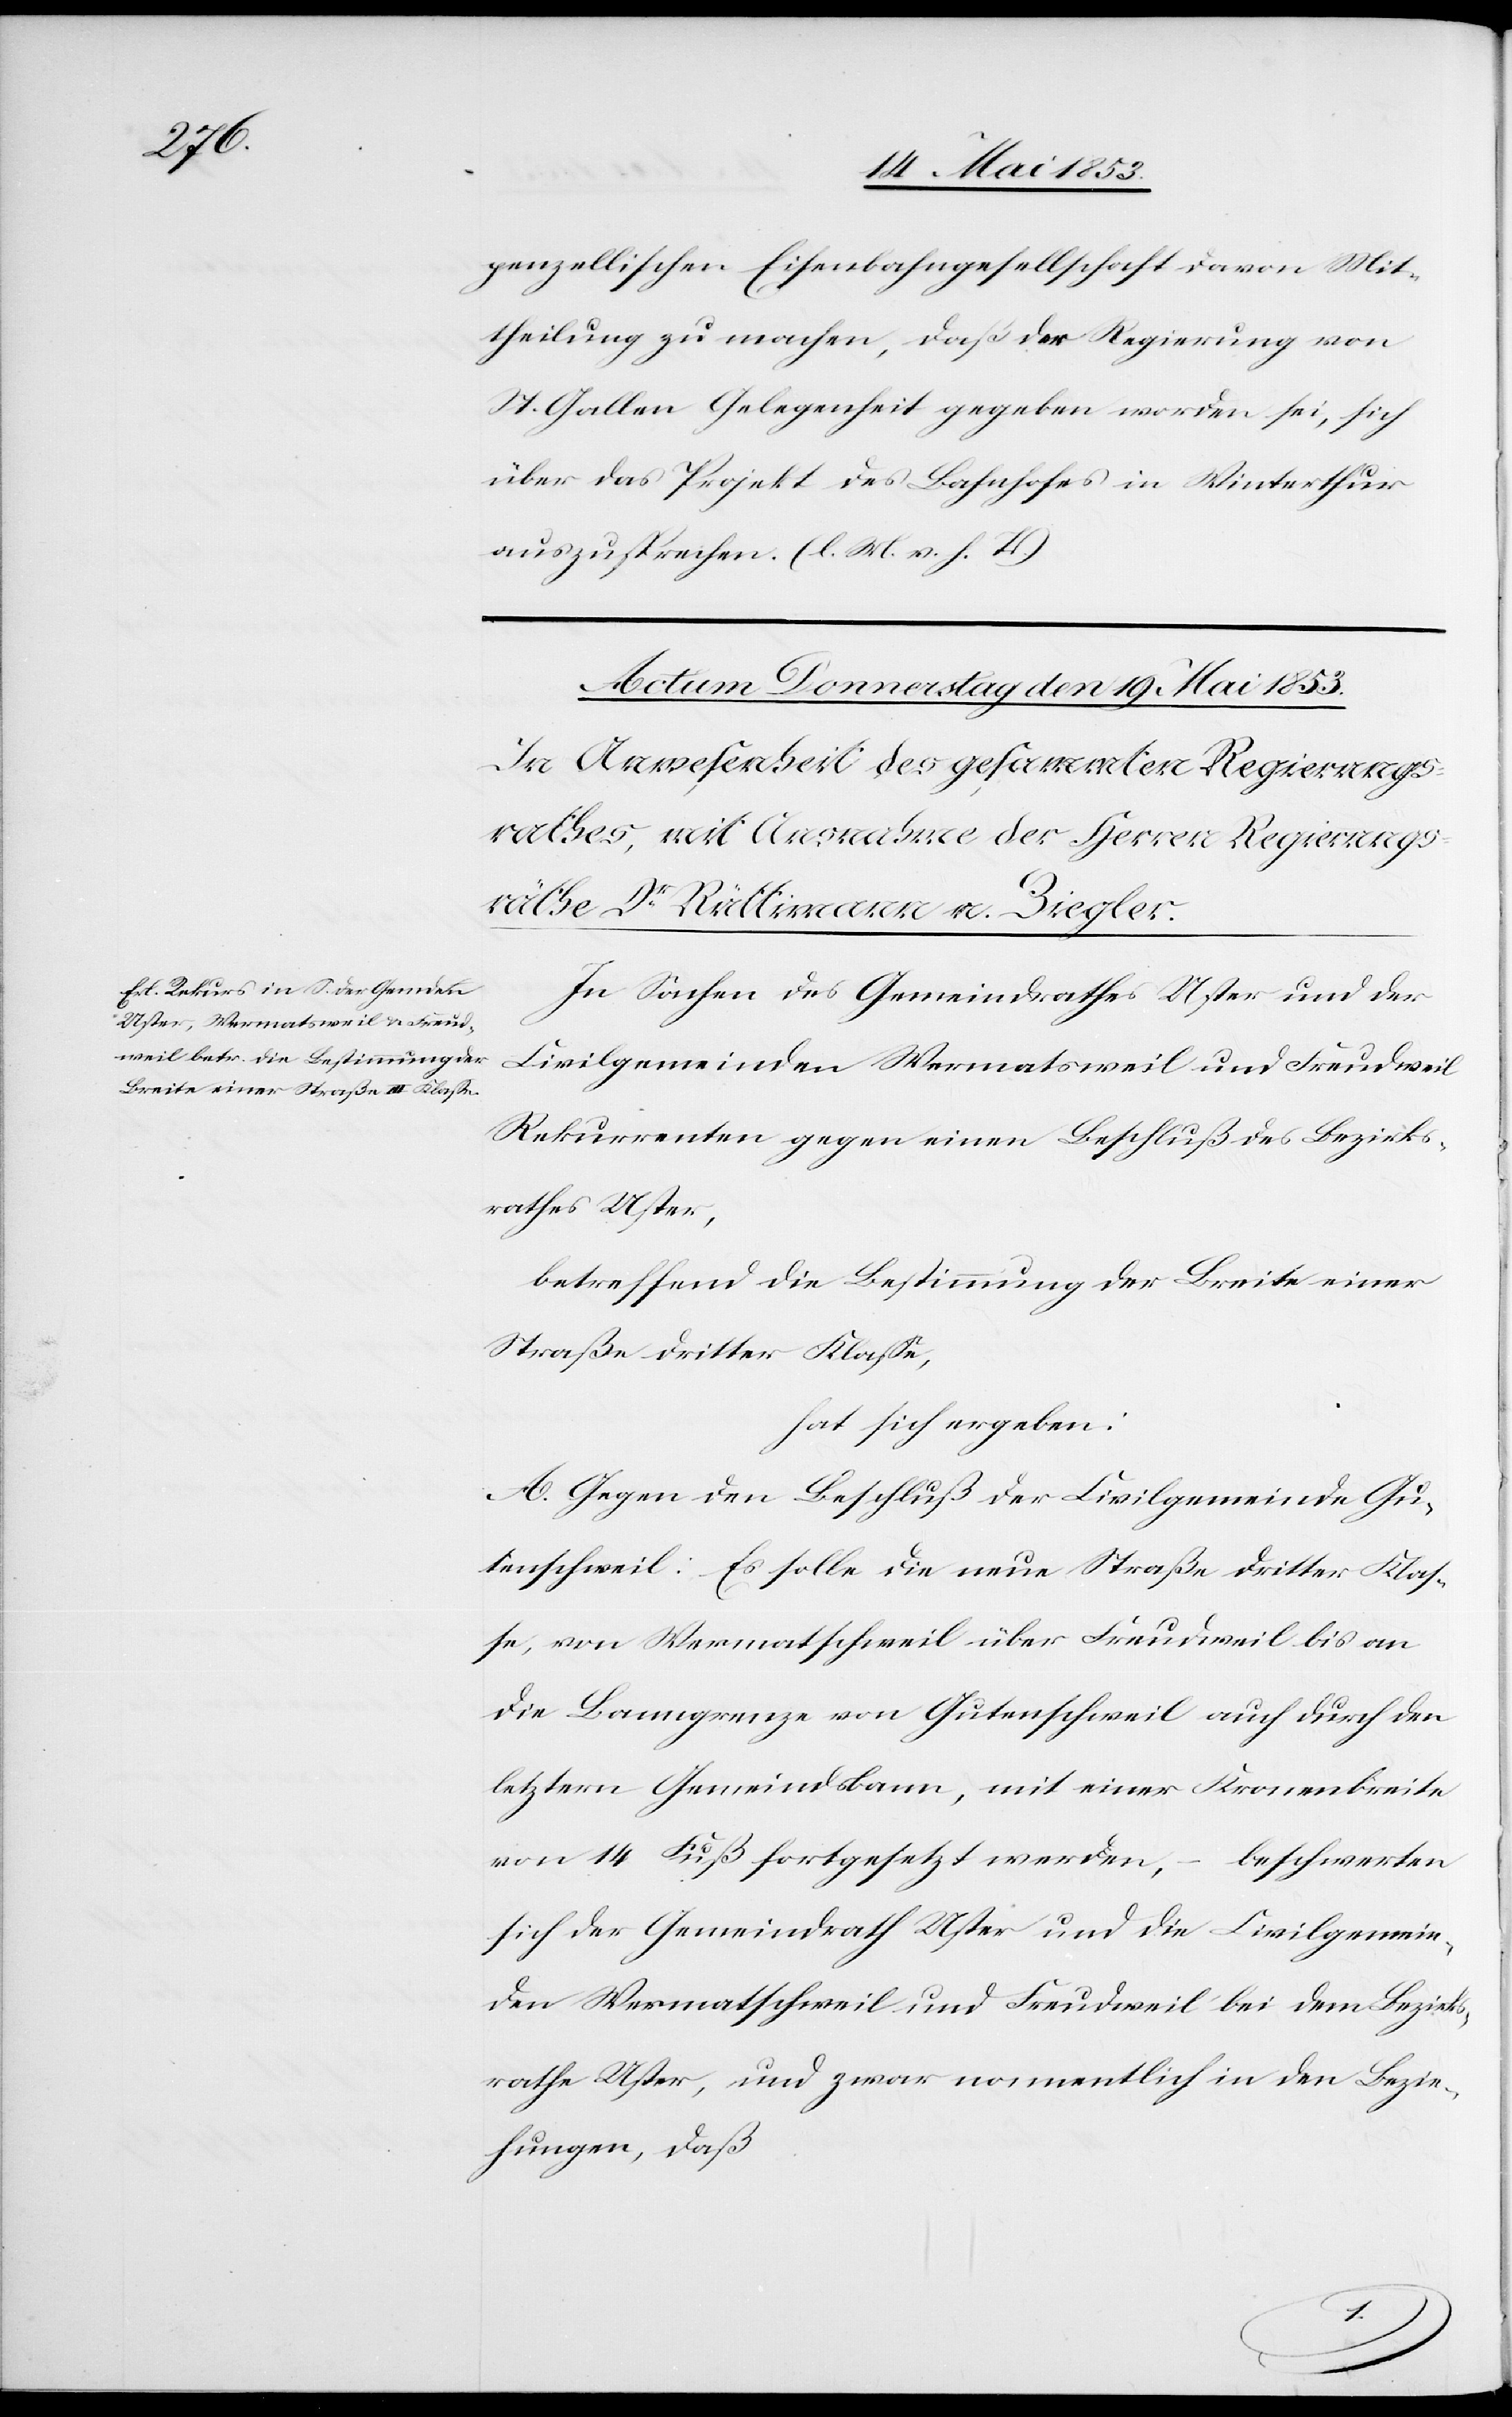
penzellischen Eisenbahngesellschaft davon Mit¬
theilung zu machen, daß der Regierung von
St. Gallen Gelegenheit gegeben worden sei, sich
über das Projekt des Bahnhofes in Winterthur
auszusprechen. [l. M. v. h. T]
In Sachen des Gemeindrathes Uster und der
Civilgemeinden Wermatsweil und Freudweil
Rekurrenten gegen einen Beschluß des Bezirks¬
rathes Uster,
betreffend die Bestimmung der Breite einer
Straße dritter Klaße,
hat sich ergeben:
A. Gegen den Beschluß der Civilgemeinde Gu¬
tenschweil: Es solle die neue Straße dritter Klaß¬
e, von Wermatschweil über Freudweil bis an
die Banngrenze von Gutenschweil auch durch den
letztern Gemeindbann, mit einer Kronenbreite
von 14 Fuß fortgesetzt werden, – beschwerten
sich der Gemeindrath Uster und die Civilgemein¬
de Wermatschweil und Freudweil bei dem Bezirks¬
rathe Uster, und zwar namentlich in den Bezie¬
hungen, daß